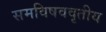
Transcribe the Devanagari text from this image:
समविषववृतीय